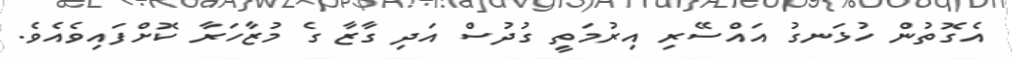
އެގޮތުން ހުޅަނގު އައްސޭރި އިރުމަތީ ގުދުސް އަދި ގާޒާ ގެ މުޒާހަރާ ކޮށްފައިވެއެވެ.